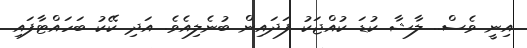
އިނީ ވެސް.. ލާޝާ ކުޑަ ކުއްޖަކު ފަދައިން ބުނެލިއެވެ. އަދި ކޭކު ބަހައްޓާފައި